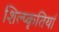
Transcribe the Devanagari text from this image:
शिल्प्कृतियां